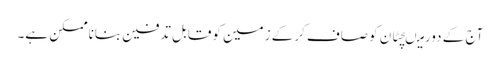
آج کے دورمیںچٹان کوصاف کرکے زمین کوقابل تدفین بناناممکن ہے۔